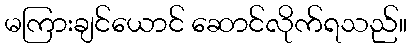
မကြားချင်ယောင် ဆောင်လိုက်ရသည်။